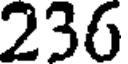
236